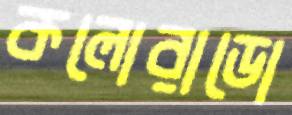
কলোরাডো